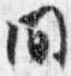
間